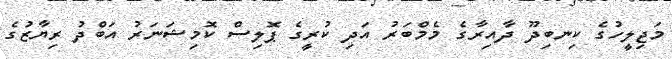
މަޖިލީހުގެ ކިނބިދޫ ދާއިރާގެ މެމްބަރު އަދި ކުރީގެ ޕޮލިސް ކޮމިޝަނަރު އަބްދު ރިޔާޒުގެ